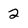
Character: 2